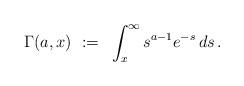
LaTeX: \begin{align*}\Gamma(a, x) ~:=~ \int_x^\infty s^{a-1} e^{-s}\,ds\,.\end{align*}